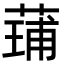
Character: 𮐢